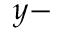
y -